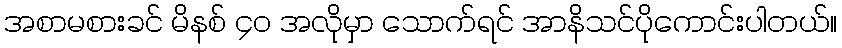
အစာမစားခင် မိနစ် ၄၀ အလိုမှာ သောက်ရင် အာနိသင်ပိုကောင်းပါတယ်။